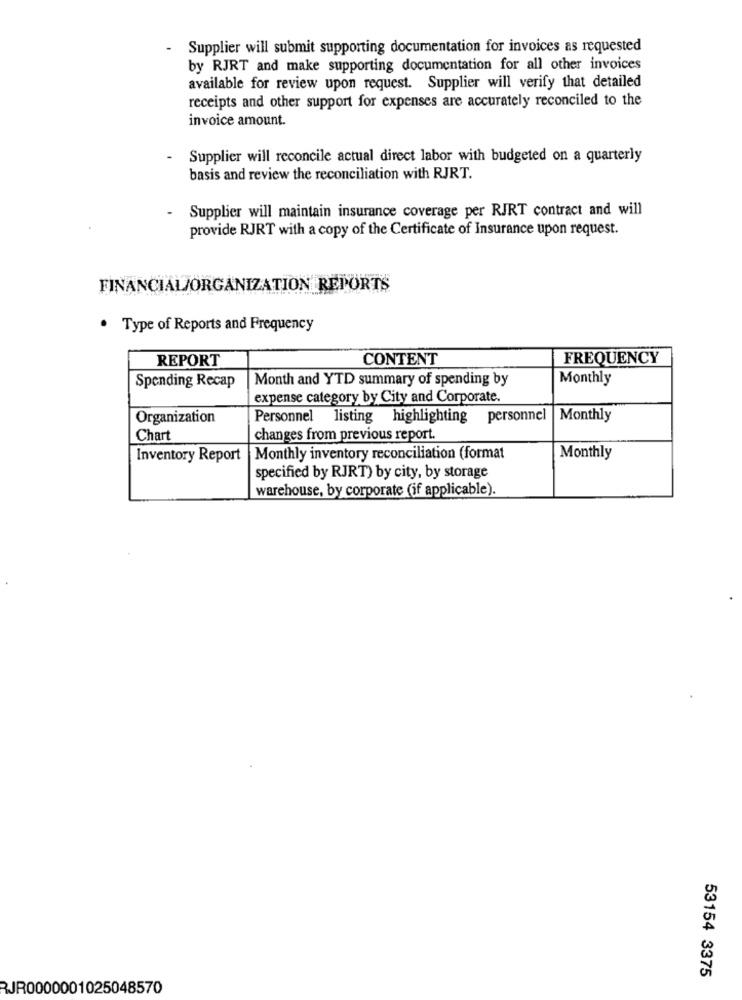
-
Supplier will submit supporting documentation for invoices as requested
by RJRT and make supporting documentation for all other invoices
available for review upon request. Supplier will verify that detailed
receipts and other support for expenses are accurately reconciled to the
invoice amount.
Supplier will reconcile actual direct labor with budgeted on a quarterly
basis and review the reconciliation with RJRT.
Supplier will maintain insurance coverage per RJRT contract and will
-
provide RJRT with a copy of the Certificate of Insurance upon request.
FINANCIAL/ORGANIZATION REPORTS
Type of Reports and Frequency
REPORT
CONTENT
FREQUENCY
Spending Recap
Month and YTD summary of spending by
Monthly
expense category by City and Corporate.
Organization
Personnel listing highlighting personnel |Monthly
Chart
changes from previous report.
Inventory Report
Monthly inventory reconciliation (format
Monthly
specified by RJRT) by city, by storage
warehouse, by corporate (if applicable).
53154 3375
RJR0000001025048570